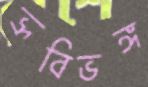
ভ্রূবিভঙ্গ